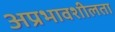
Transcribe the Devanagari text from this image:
अप्रभावशीलता